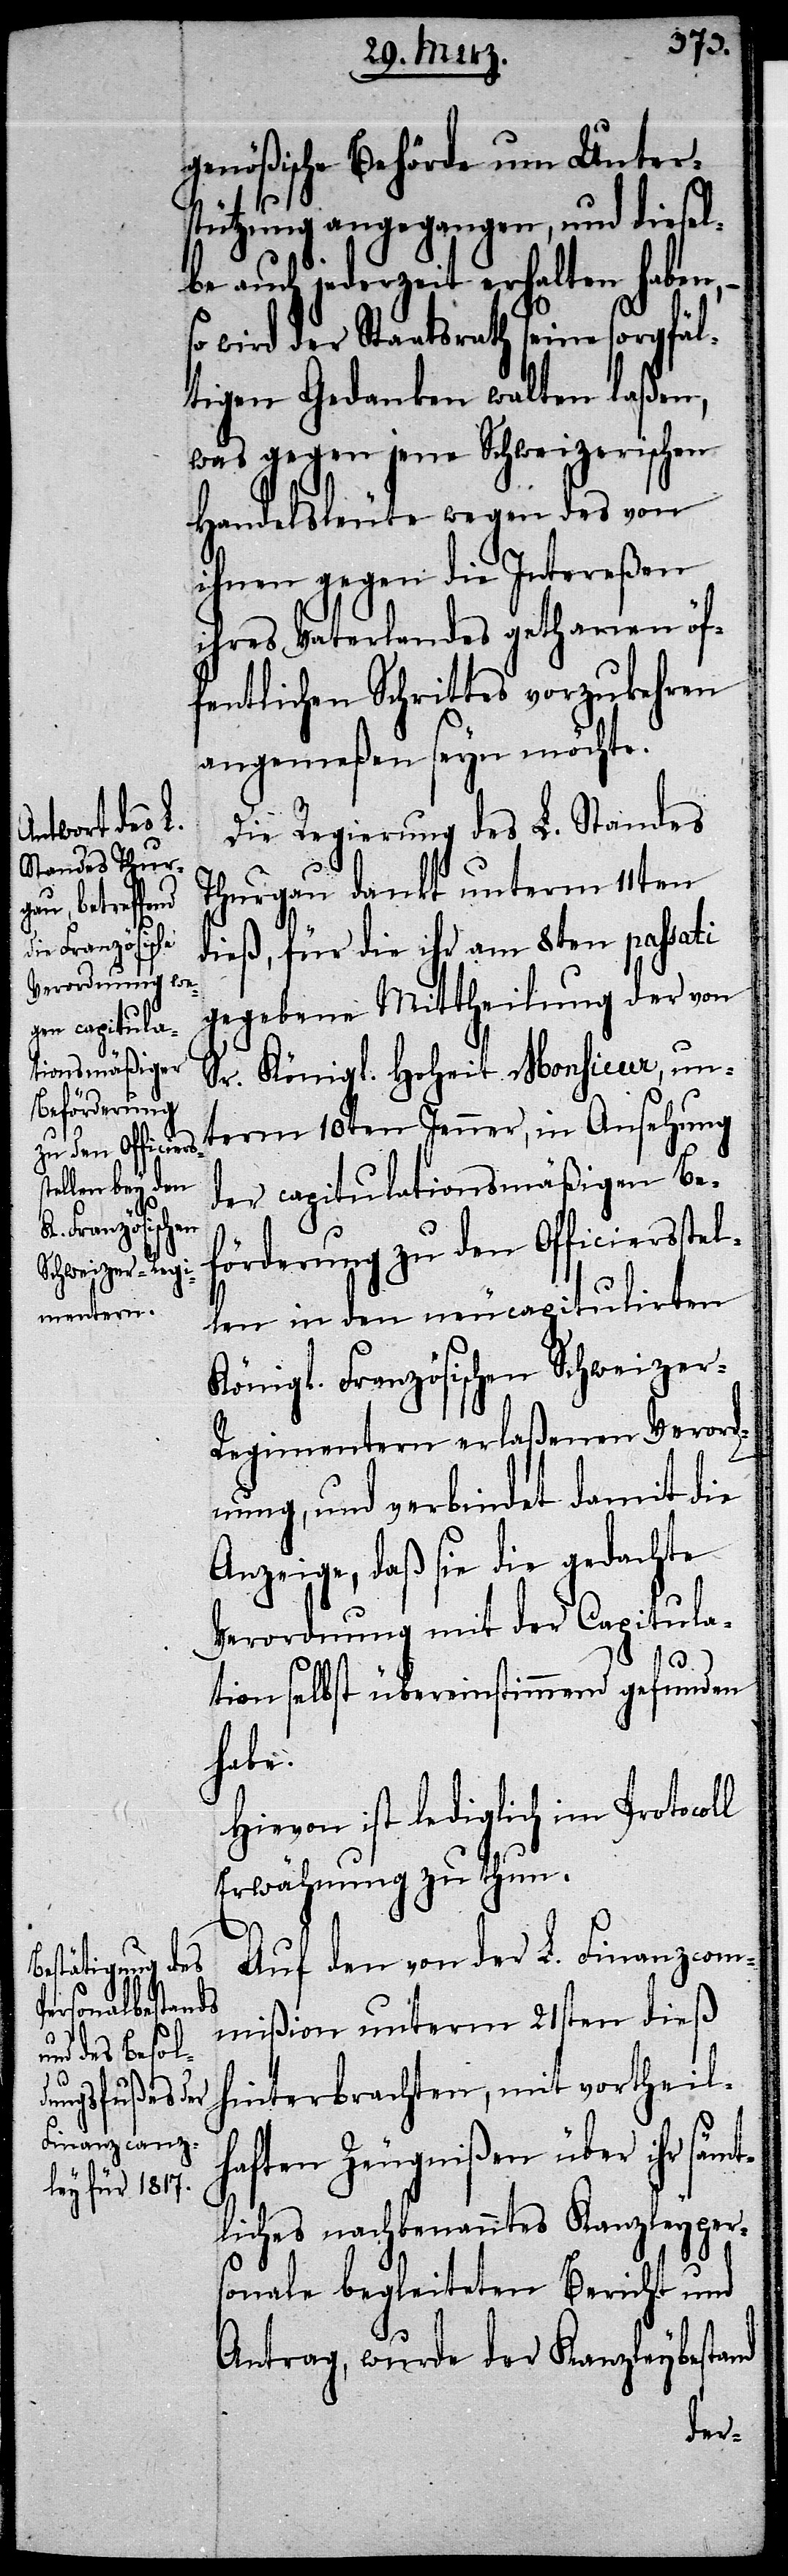
äl¬

genößische Behörde um Unter¬
stützung angegangen, und diesel¬
be auch jederzeit erhalten haben,
wird der Staatsrath seine sorgf¬
tigen Gedanken walten laßen,
was gegen jene Schweizerischen
Handelsleute wegen des von
ihnen gegen die Intereßen
ihres Vaterlandes gethanen öf¬
fentlichen Schrittes vorzukehren
angemeßen seyn möchte.
Die Regierung des L. Standes
Thurgau dankt unterm 11ten
dieß, für die ihr am 8ten passati
gegebene Mittheilung der von
Sr. Königl. Hoheit Monsieur, un¬
term 10ten Jenner, in Ansehung
der capitulationsmäßigen Be¬
förderung zu den Officiersste¬
llen in den neucapitulirten
Königl. Französischen Schweizer-R¬
egimentern erlaßenen Verord¬
nung, und verbindet damit die
Anzeige, daß sie die gedachte
Verordnung mit der Capitula¬
tion selbst übereinstimmend gefunden
habe.
Hievon ist lediglich im Protocoll
Erwähnung zu thun.
Auf den von der L. Finanzcom¬
mißion unterm 21sten dieß
hinterbrachten, mit vortheil¬
haften Zeugnißen über ihr säm¬
tliches nachbenanntes Kanzleypers¬
onale begleiteten Bericht und
Antrag, wurde der Kanzleybestand